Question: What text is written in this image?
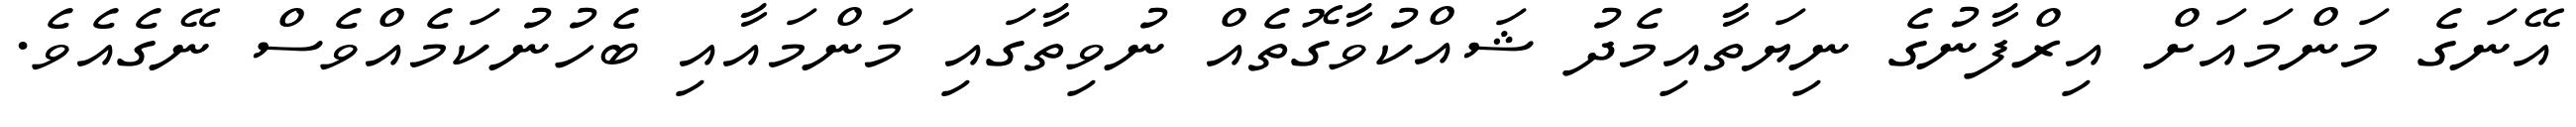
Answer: އޭނަގެ މަންމައަށް އިރްފާނުގެ ނިޔަތާއިމެދު ޝައްކުވާގޮތެއް ނުވިތާގައި މަންމައާއި ބެހުނުކަމެއްވެސް ނޭގެއެވެ.